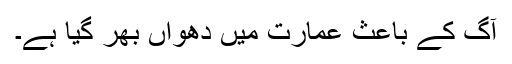
آگ کے باعث عمارت میں دھواں بھر گیا ہے۔